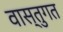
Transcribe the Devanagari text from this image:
वास्तुगत